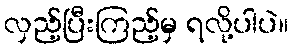
လှည့်ပြီးကြည့်မှ ရလို့ပါပဲ။